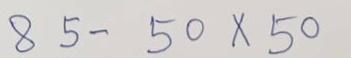
85 - 50 x 50